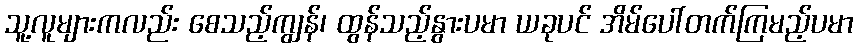
သူ့လူများကလည်း စေသည့်ကျွန်၊ ထွန်သည့်နွားပမာ ယခုပင် အိမ်ပေါ်တက်ကြမည့်ပမာ